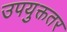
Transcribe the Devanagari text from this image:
उपयुक्ततर